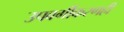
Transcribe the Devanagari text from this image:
उपवर्गीकरणही